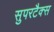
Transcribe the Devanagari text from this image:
सुपरटैक्स